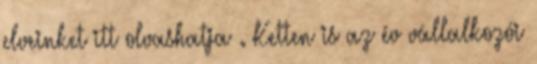
elveinket itt olvashatja . Ketten is az év vállalkozói